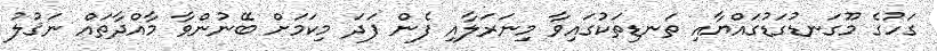
ގަހުގެ މޫގަނޑުގަޑުގައްޔާއި ތަނޑިތަކުގައިވާ މިނަރަލާއި ފެން ފަދަ މިކަމަށް ބޭނުންވާ މާއްދާތައް ނަޤުލު